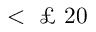
< \textnormal { £ } 2 0